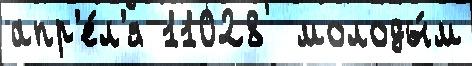
апр'е́л'я 11028  молоды́м